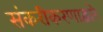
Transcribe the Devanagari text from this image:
संकरीकरणाद्वारे